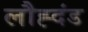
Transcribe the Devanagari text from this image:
लौह्दंड